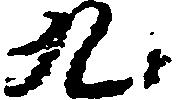
九